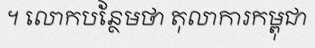
។ លោកបន្ថែមថា តុលាការកម្ពុជា